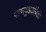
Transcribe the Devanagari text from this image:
पाणबुड्यांपैकी